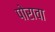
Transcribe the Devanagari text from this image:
पोरावा